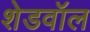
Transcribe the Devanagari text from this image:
शेडवॉल